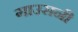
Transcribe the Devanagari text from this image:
गाउसनी